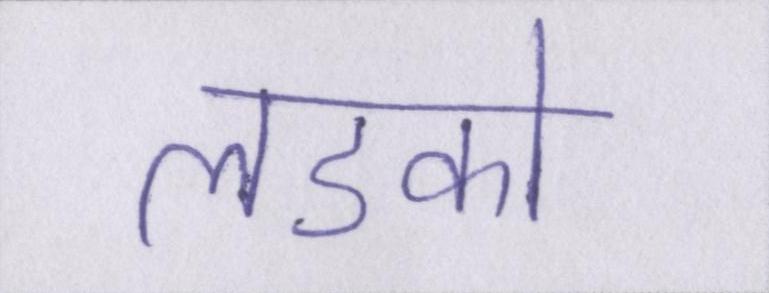
लडको